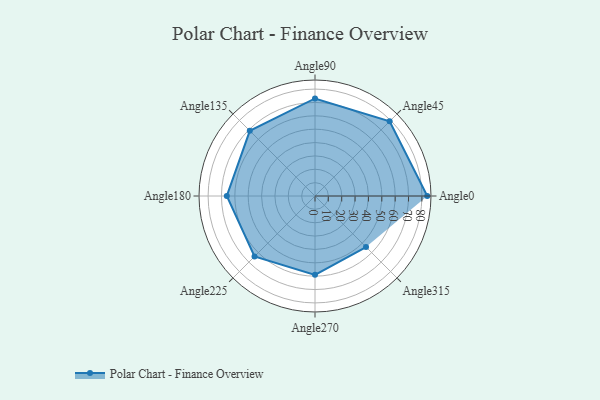
{"axis": {"x": "Angle", "y": "Radius"}, "legend": [""], "data": [{"x": "Angle0", "y": 84.0, "type": ""}, {"x": "Angle45", "y": 79.0, "type": ""}, {"x": "Angle90", "y": 73.0, "type": ""}, {"x": "Angle135", "y": 69.0, "type": ""}, {"x": "Angle180", "y": 66.0, "type": ""}, {"x": "Angle225", "y": 64.0, "type": ""}, {"x": "Angle270", "y": 59.0, "type": ""}, {"x": "Angle315", "y": 54.0, "type": ""}]}